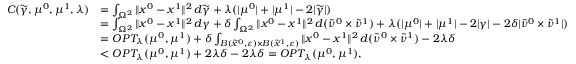
\begin{array} { r l } { C ( \widetilde { \gamma } , \mu ^ { 0 } , \mu ^ { 1 } , \lambda ) } & { = \int _ { \Omega ^ { 2 } } \| x ^ { 0 } - x ^ { 1 } \| ^ { 2 } \, d \widetilde { \gamma } + \lambda ( | \mu ^ { 0 } | + | \mu ^ { 1 } | - 2 | \widetilde { \gamma } | ) } \\ & { = \int _ { \Omega ^ { 2 } } \| x ^ { 0 } - x ^ { 1 } \| ^ { 2 } \, d \gamma + \delta \int _ { \Omega ^ { 2 } } \| x ^ { 0 } - x ^ { 1 } \| ^ { 2 } \, d ( \widetilde { \nu } ^ { 0 } \times \widetilde { \nu } ^ { 1 } ) + \lambda ( | \mu ^ { 0 } | + | \mu ^ { 1 } | - 2 | \gamma | - 2 \delta | \widetilde { \nu } ^ { 0 } \times \widetilde { \nu } ^ { 1 } | ) } \\ & { = O P T _ { \lambda } ( \mu ^ { 0 } , \mu ^ { 1 } ) + \delta \int _ { B ( \widetilde { x } ^ { 0 } , \varepsilon ) \times B ( \widetilde { x } ^ { 1 } , \varepsilon ) } \| x ^ { 0 } - x ^ { 1 } \| ^ { 2 } \, d ( \widetilde { \nu } ^ { 0 } \times \widetilde { \nu } ^ { 1 } ) - 2 \lambda \delta } \\ & { < O P T _ { \lambda } ( \mu ^ { 0 } , \mu ^ { 1 } ) + 2 \lambda \delta - 2 \lambda \delta = O P T _ { \lambda } ( \mu ^ { 0 } , \mu ^ { 1 } ) , } \end{array}